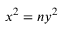
x ^ { 2 } = n y ^ { 2 }